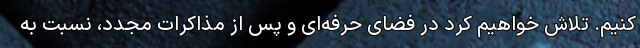
کنیم. تلاش خواهیم کرد در فضای حرفه‌ای و پس از مذاکرات مجدد، نسبت به